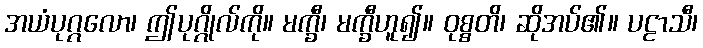
အယံပုဂ္ဂလော၊ ဤပုဂ္ဂိုလ်ကို။ မက္ခီ၊ မက္ခီဟူ၍။ ဝုစ္စတိ၊ ဆိုအပ်၏။ ပဠာသီ၊